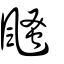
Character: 颾